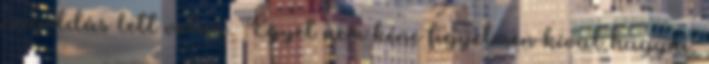
megoldás lett volna. Egyet nem kéne figyelmen kívül hagyni: